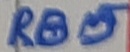
Text: RB5